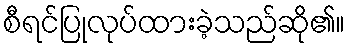
စီရင်ပြုလုပ်ထားခဲ့သည်ဆို၏။